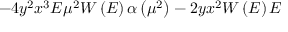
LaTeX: - 4 y ^ { 2 } x ^ { 3 } E \mu ^ { 2 } W \left( E \right) \alpha \left( \mu ^ { 2 } \right) - 2 y x ^ { 2 } W \left( E \right) E